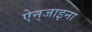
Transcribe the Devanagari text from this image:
ऐन्‌जाइना